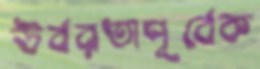
উর্বরতাপূর্বেক